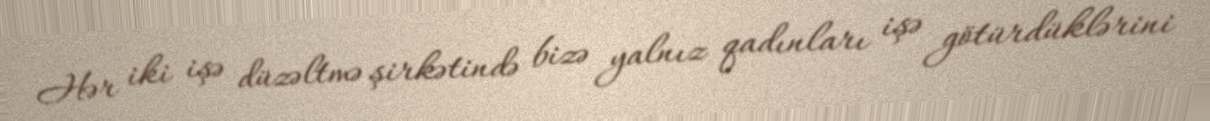
Hər iki işə düzəltmə şirkətində bizə yalnız qadınları işə götürdüklərini